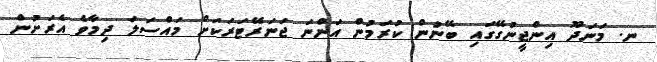
ނ. މަނަދޫ އިންޖީނުގޭގައި ބޭނުން ކުރަމުން އަންނަ ޖަނަރޭޓަރަކަށް މައްސަލަ ދިމާވެ އެރަށުން